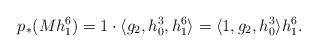
LaTeX: \begin{align*}p_*(M h_1^6) = 1 \cdot \langle g_2, h_0^3, h_1^6 \rangle =\langle 1, g_2, h_0^3 \rangle h_1^6.\end{align*}